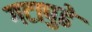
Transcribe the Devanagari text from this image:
गटापुढे